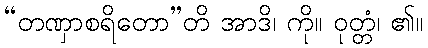
“တဏှာစရိတော”တိ အာဒိ၊ ကို။ ဝုတ္တံ၊ ၏။